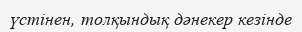
үстінен, толқындық дәнекер кезінде